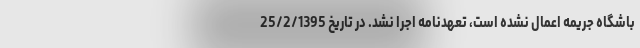
باشگاه جریمه اعمال نشده است، تعهدنامه اجرا نشد. در تاریخ 25/2/1395